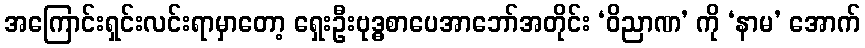
အကြောင်းရှင်းလင်းရာမှာတော့ ရှေးဦးဗုဒ္ဓစာပေအာဘော်အတိုင်း ‘ဝိညာဏ’ ကို ‘နာမ’ အောက်